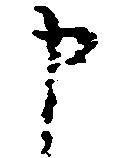
申